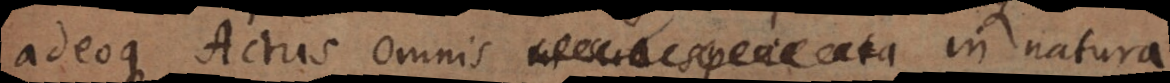
adeoque Actus omnis in sua